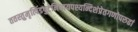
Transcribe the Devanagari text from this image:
ततस्तुमृत्पिंडपुटेनिधायपश्यन्दिशंप्रेतगणोपरुढां